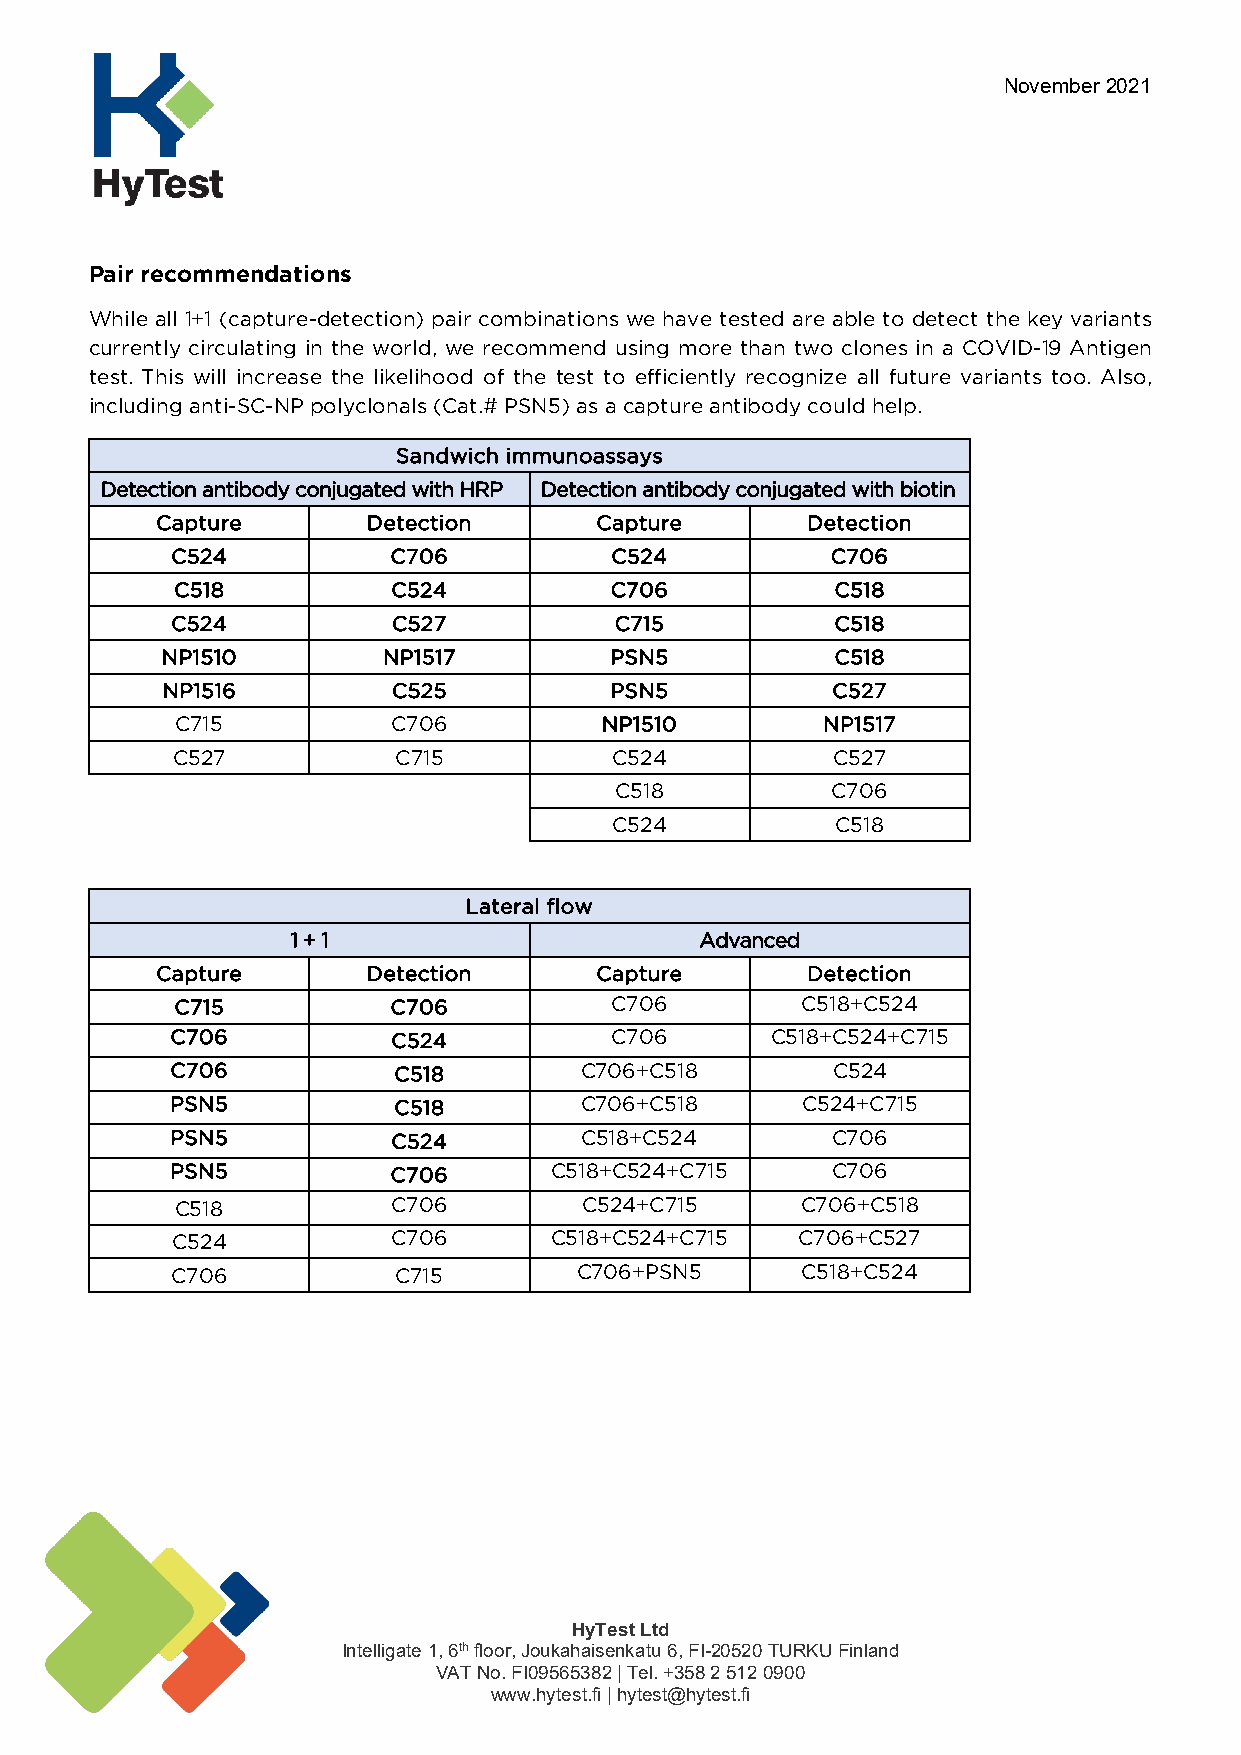
November 2021
 Pair recommendations
 While all 1+1 (capture-detection) pair combinations we have tested are able to detect the key variants
 currently circulating in the world, we recommend using more than two clones in a COVID-19 Antigen
 test. This will increase the likelihood of the test to efficiently recognize all future variants too. Also,
 including anti-SC-NP polyclonals (Cat.# PSN5) as a capture antibody could help.
 Sandwich immunoassays
 Detection antibody conjugated with HRP Detection antibody conjugated with biotin
 Capture       Detection      Capture       Detection
 C524           C706          C524           C706
 C518          C524          C706           C518
 C524           C527           C715          C518
 NP1510        NP1517         PSN5           C518
 NP1516         C525          PSN5           C527
 C715          C706          NP1510        NP1517
 C527           C715           C524          C527
 C518          C706
 C524          C518
 Lateral flow
 1 + 1                      Advanced
 Capture       Detection      Capture       Detection
 C715          C706          C706         C518+C524
 C706           C524          C706       C518+C524+C715
 C706           C518        C706+C518        C524
 PSN5           C518        C706+C518      C524+C715
 PSN5           C524        C518+C524        C706
 PSN5           C706      C518+C524+C715     C706
 C518          C706        C524+C715      C706+C518
 C524           C706      C518+C524+C715   C706+C527
 C706           C715        C706+PSN5      C518+C524
 HyTest Ltd
 Intelligate 1, 6th floor, Joukahaisenkatu 6, FI-20520 TURKU Finland
 VAT No. FI09565382 | Tel. +358 2 512 0900
 www.hytest.fi | hytest@hytest.fi